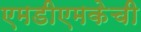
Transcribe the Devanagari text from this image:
एमडीएमकेची